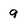
Character: 9